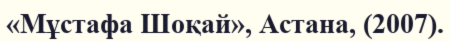
«Мұстафа Шоқай», Астана, (2007).